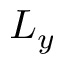
L _ { y }